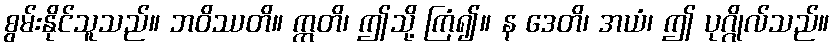
စွမ်းနိုင်သူသည်။ ဘဝိဿတိ။ ဣတိ၊ ဤသို့ ကြံ၍။ န ဒေတိ၊ အယံ၊ ဤ ပုဂ္ဂိုလ်သည်။